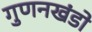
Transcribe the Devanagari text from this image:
गुणनखंडो